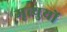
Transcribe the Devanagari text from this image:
मृत्युयों